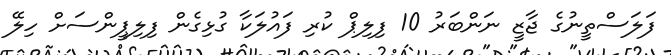
ފަލަސްތީނުގެ ޖާޒީ ނަންބަރު 10 ފިލިޕް ކުރި ފައުލަކާ ގުޅިގެން ފިލިޕީންސަށް ހިލޭ